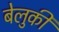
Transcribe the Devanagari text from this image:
बेलुकी